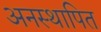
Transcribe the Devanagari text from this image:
अनस्थापित